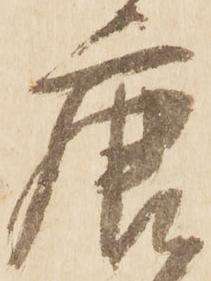
唐